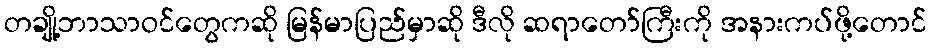
တချို့ဘာသာဝင်တွေကဆို မြန်မာပြည်မှာဆို ဒီလို ဆရာတော်ကြီးကို အနားကပ်ဖို့တောင်